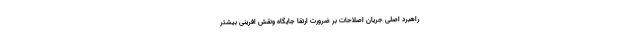
راهبرد اصلی جریان اصلاحات بر ضرورت ارتقا جایگاه ونقش افرینی بیشتر